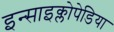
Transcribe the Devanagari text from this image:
इन्साइक्लोपेडिया